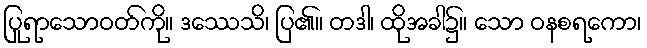
ပြုရာသောဝတ်ကို။ ဒဿေသိ၊ ပြ၏။ တဒါ၊ ထိုအခါ၌။ သော ဝနစရကော၊